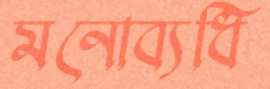
মনোব্যধি